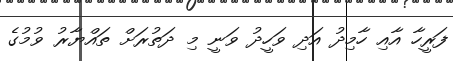
ފަރީހާ އާއި ހާމިދު އަދި ވަހީދު ވަނީ މި ދަތުރަށް ތައްޔާރު ވުމުގެ